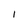
Character: I